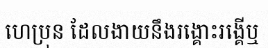
ហេប្រុន ដែលងាយនឹងរង្គោះរង្គើឬ